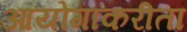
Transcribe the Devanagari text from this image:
आयोगाकरीता